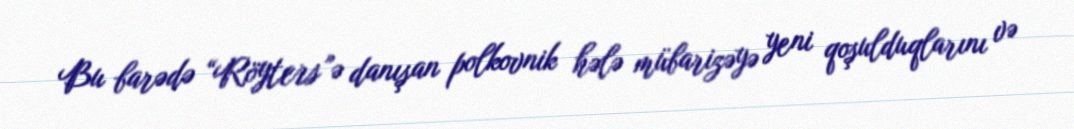
Bu barədə “Röyters”ə danışan polkovnik hələ mübarizəyə yeni qoşulduqlarını və